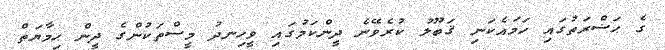
ގެ ޙަޟްރަތުގައި ހަމައެކަނި ޤަބޫލު ކުރެވޭނެ ދީންކަމުގައި ވީހިނދު މީސްތަކުންގެ ދީން ޙިމާޔަތް